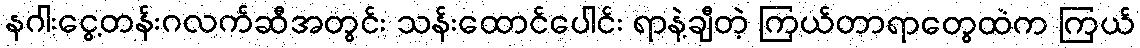
နဂါးငွေ့တန်းဂလက်ဆီအတွင်း သန်းထောင်ပေါင်း ရာနဲ့ချီတဲ့ ကြယ်တာရာတွေထဲက ကြယ်